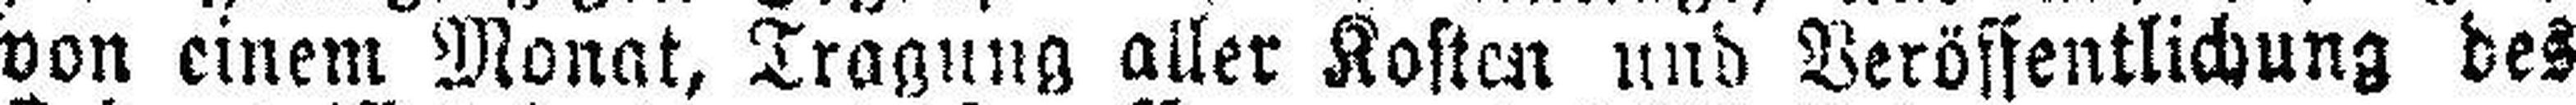
von einem Monat, Tragung aller Kosten und Veröffentlichung des